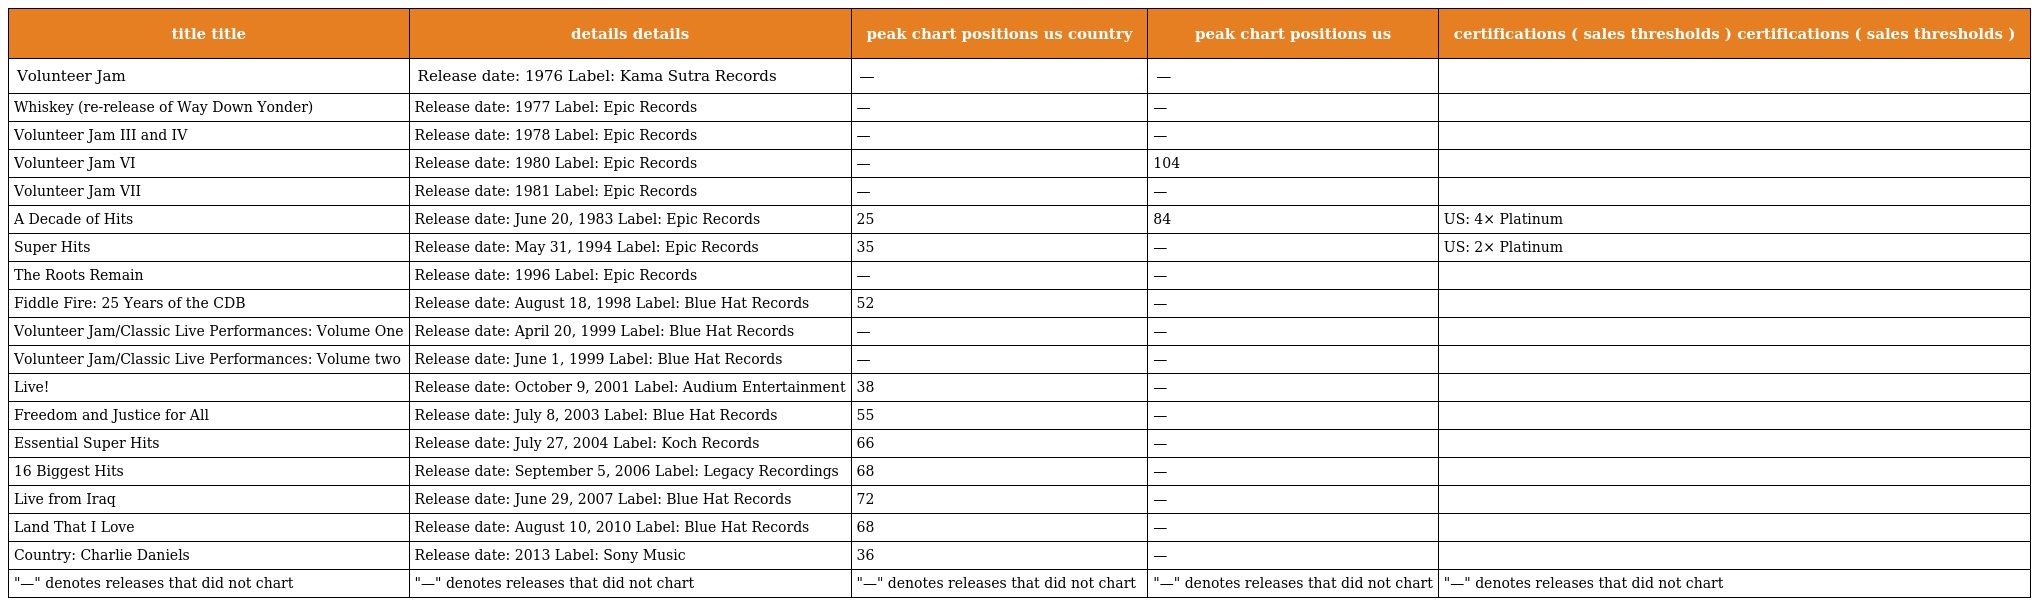
| title title | details details | peak chart positions us country | peak chart positions us | certifications ( sales thresholds ) certifications ( sales thresholds ) |
 | --- | --- | --- | --- | --- |
 | Volunteer Jam | Release date: 1976 Label: Kama Sutra Records | — | — |  |
 | Whiskey (re-release of Way Down Yonder) | Release date: 1977 Label: Epic Records | — | — |  |
 | Volunteer Jam III and IV | Release date: 1978 Label: Epic Records | — | — |  |
 | Volunteer Jam VI | Release date: 1980 Label: Epic Records | — | 104 |  |
 | Volunteer Jam VII | Release date: 1981 Label: Epic Records | — | — |  |
 | A Decade of Hits | Release date: June 20, 1983 Label: Epic Records | 25 | 84 | US: 4× Platinum |
 | Super Hits | Release date: May 31, 1994 Label: Epic Records | 35 | — | US: 2× Platinum |
 | The Roots Remain | Release date: 1996 Label: Epic Records | — | — |  |
 | Fiddle Fire: 25 Years of the CDB | Release date: August 18, 1998 Label: Blue Hat Records | 52 | — |  |
 | Volunteer Jam/Classic Live Performances: Volume One | Release date: April 20, 1999 Label: Blue Hat Records | — | — |  |
 | Volunteer Jam/Classic Live Performances: Volume two | Release date: June 1, 1999 Label: Blue Hat Records | — | — |  |
 | Live! | Release date: October 9, 2001 Label: Audium Entertainment | 38 | — |  |
 | Freedom and Justice for All | Release date: July 8, 2003 Label: Blue Hat Records | 55 | — |  |
 | Essential Super Hits | Release date: July 27, 2004 Label: Koch Records | 66 | — |  |
 | 16 Biggest Hits | Release date: September 5, 2006 Label: Legacy Recordings | 68 | — |  |
 | Live from Iraq | Release date: June 29, 2007 Label: Blue Hat Records | 72 | — |  |
 | Land That I Love | Release date: August 10, 2010 Label: Blue Hat Records | 68 | — |  |
 | Country: Charlie Daniels | Release date: 2013 Label: Sony Music | 36 | — |  |
 | "—" denotes releases that did not chart | "—" denotes releases that did not chart | "—" denotes releases that did not chart | "—" denotes releases that did not chart | "—" denotes releases that did not chart |